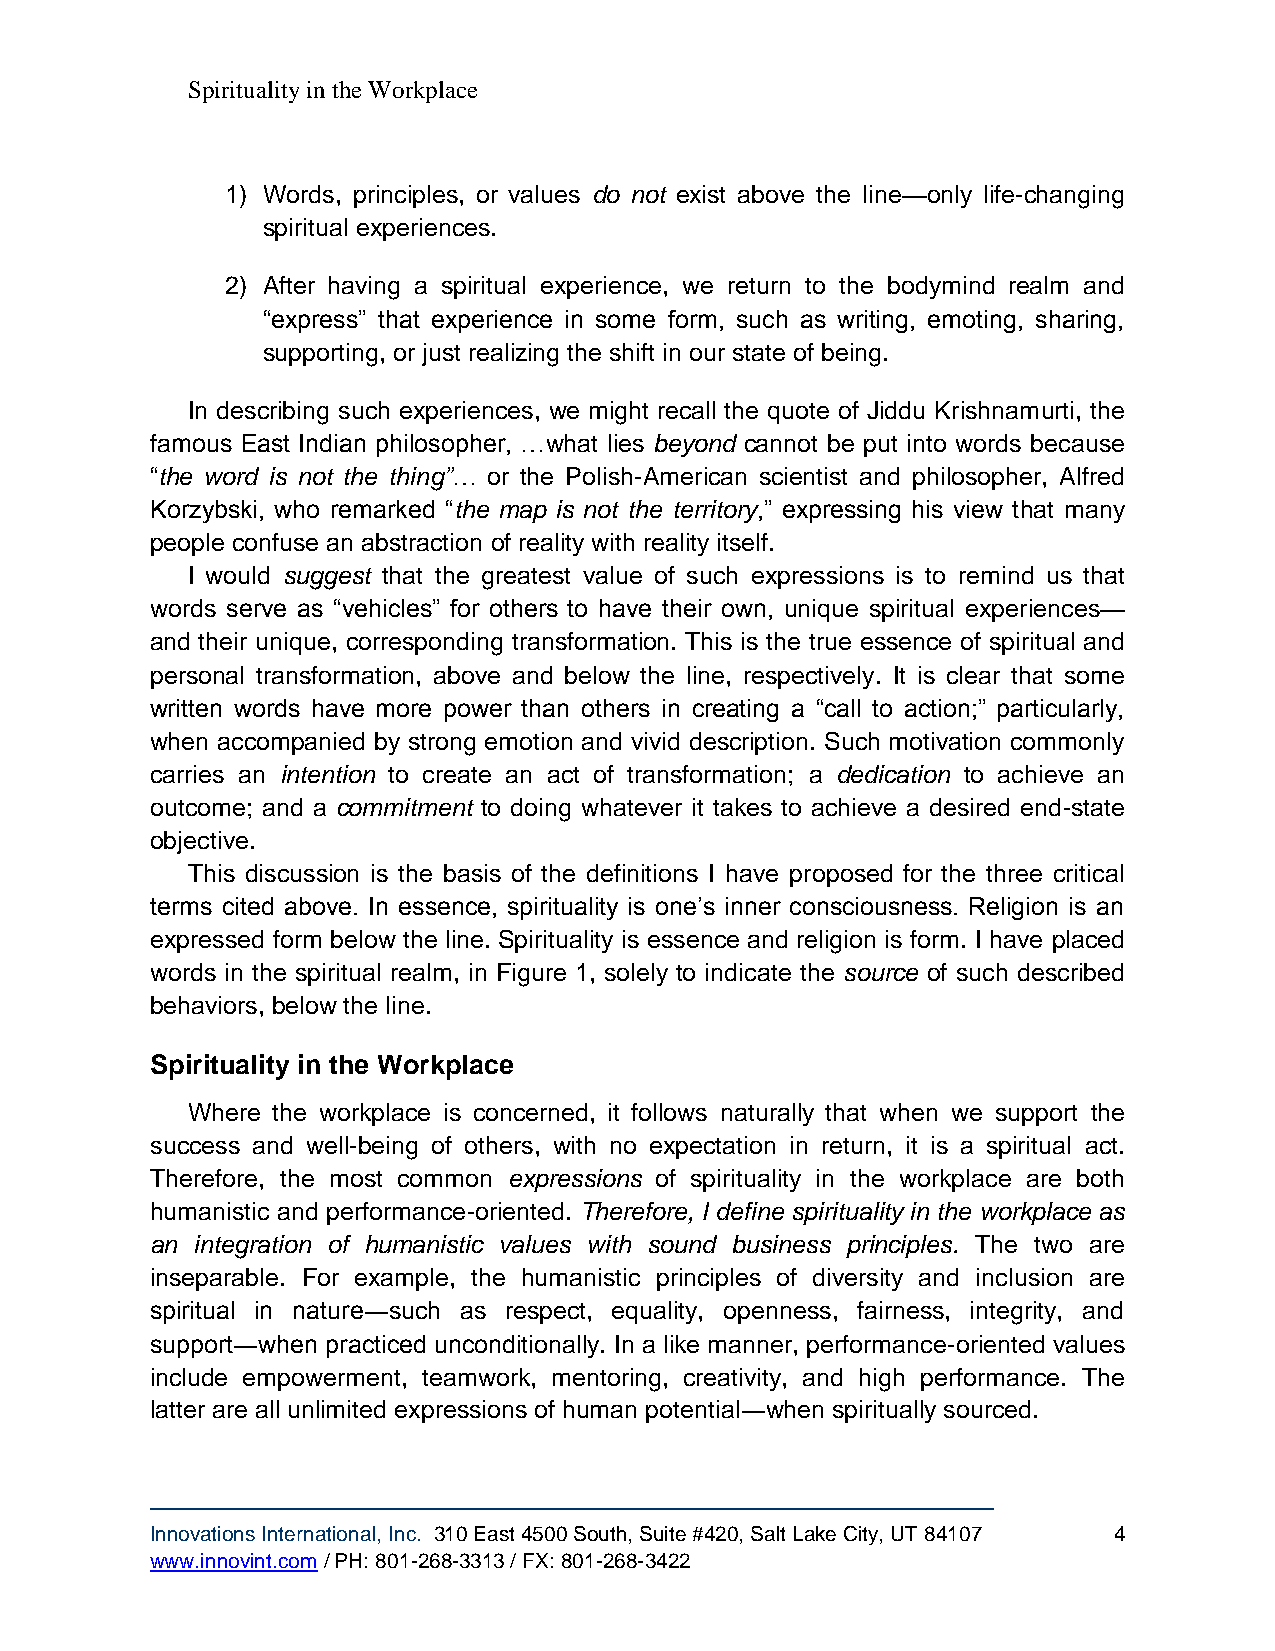
Spirituality in the Workplace
 1) Words, principles, or values do not exist above the line—only life-changing
 spiritual experiences.
 2) After having a spiritual experience, we return to the bodymind realm and
 “express” that experience in some form, such as writing, emoting, sharing,
 supporting, or just realizing the shift in our state of being.
 In describing such experiences, we might recall the quote of Jiddu Krishnamurti, the
 famous East Indian philosopher, …what lies beyond cannot be put into words because
 “the word is not the thing”… or the Polish-American scientist and philosopher, Alfred
 Korzybski, who remarked “the map is not the territory,” expressing his view that many
 people confuse an abstraction of reality with reality itself.
 I would suggest that the greatest value of such expressions is to remind us that
 words serve as “vehicles” for others to have their own, unique spiritual experiences—
 and their unique, corresponding transformation. This is the true essence of spiritual and
 personal transformation, above and below the line, respectively. It is clear that some
 written words have more power than others in creating a “call to action;” particularly,
 when accompanied by strong emotion and vivid description. Such motivation commonly
 carries an intention to create an act of transformation; a dedication to achieve an
 outcome; and a commitment to doing whatever it takes to achieve a desired end-state
 objective.
 This discussion is the basis of the definitions I have proposed for the three critical
 terms cited above. In essence, spirituality is one’s inner consciousness. Religion is an
 expressed form below the line. Spirituality is essence and religion is form. I have placed
 words in the spiritual realm, in Figure 1, solely to indicate the source of such described
 behaviors, below the line.
 Spirituality in the Workplace
 Where the workplace is concerned, it follows naturally that when we support the
 success and well-being of others, with no expectation in return, it is a spiritual act.
 Therefore, the most common expressions of spirituality in the workplace are both
 humanistic and performance-oriented. Therefore, I define spirituality in the workplace as
 an integration of humanistic values with sound business principles. The two are
 inseparable. For example, the humanistic principles of diversity and inclusion are
 spiritual in nature―such as respect, equality, openness, fairness, integrity, and
 support―when practiced unconditionally. In a like manner, performance-oriented values
 include empowerment, teamwork, mentoring, creativity, and high performance. The
 latter are all unlimited expressions of human potential―when spiritually sourced.
 Innovations International, Inc. 310 East 4500 South, Suite #420, Salt Lake City, UT 84107 4
 www.innovint.com / PH: 801-268-3313 / FX: 801-268-3422